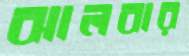
ঝালবার